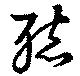
聽